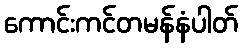
ကောင်းကင်တမန်နံပါတ်